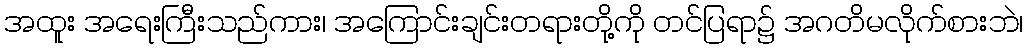
အထူး အရေးကြီးသည်ကား၊ အကြောင်းချင်းတရားတို့ကို တင်ပြရာ၌ အဂတိမလိုက်စားဘဲ၊